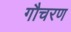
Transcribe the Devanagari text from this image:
गौचरण